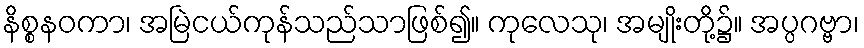
နိစ္စနဝကာ၊ အမြဲငယ်ကုန်သည်သာဖြစ်၍။ ကုလေသု၊ အမျိုးတို့၌။ အပ္ပဂဗ္ဗာ၊